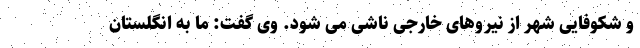
و شکوفایی شهر از نیروهای خارجی ناشی می شود. وی گفت: ما به انگلستان